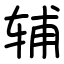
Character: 辅